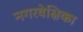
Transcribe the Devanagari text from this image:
नगरवेक्षिका